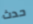
حدث